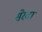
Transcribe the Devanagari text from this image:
सेरवा